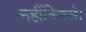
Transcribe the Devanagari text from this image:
नहींनिकले।